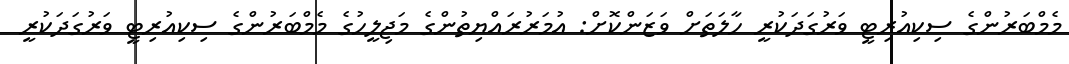
މެމްބަރުންގެ ސިކިއުރިޓީ ވަރުގަދަކުރީ ހާލަތަށް ވަޒަންކޮށް: އުމަރުރައްޔިތުންގެ މަޖިލީހުގެ މެމްބަރުންގެ ސިކިއުރިޓީ ވަރުގަދަކުރީ